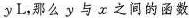
y L，那么y与x之间的函数